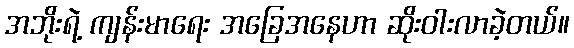
အဘိုးရဲ့ ကျန်းမာရေး အခြေအနေဟာ ဆိုးဝါးလာခဲ့တယ်။